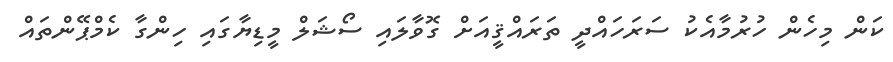
ކަން މިހެން ހުރުމާއެކު ސަރަހައްދީ ތަރައްޤީއަށް ގޮވާލައި ސޯޝަލް މީޑިޔާގައި ހިންގާ ކެމްޕޭންތައް